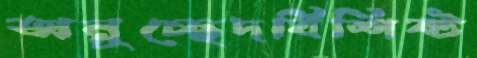
অনুচ্ছেদবিশিষ্ট